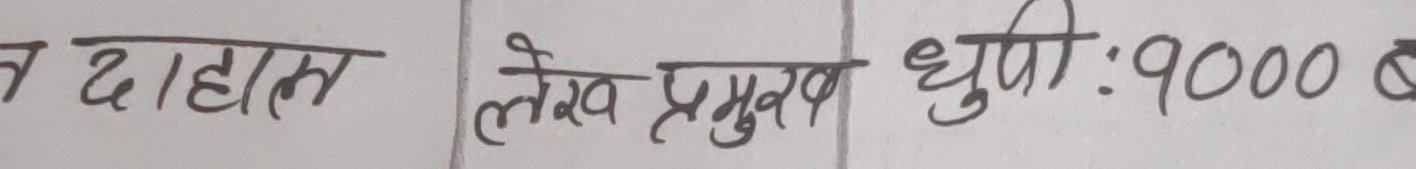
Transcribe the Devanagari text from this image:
न दाहान लेख प्रमुख धुपी: 9000 ब